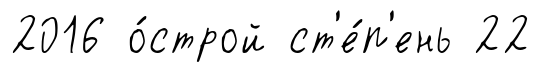
2016 о́строй ст'е́п'ень 22